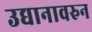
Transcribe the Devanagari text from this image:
उद्यानावरुन